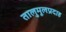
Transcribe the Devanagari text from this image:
तालुमूलप्रदाह